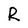
Character: R